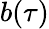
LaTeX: b(\tau)